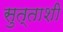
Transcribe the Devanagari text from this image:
सुत्ताशी